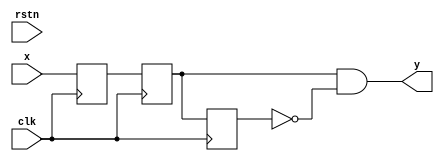
module ps #(
    parameter WIDTH = 1
) (
    input rstn,clk,
    input [WIDTH-1:0] x,
    output [WIDTH-1:0] y
);//
    reg [WIDTH-1:0] r1,r2,r3;
    always@(posedge clk)
    begin
        r1<=x;
        r2<=r1;
        r3<=r2;
    end
    assign y=r2 & ~r3;
endmodule

















/*module ps  (
    input clk, rstn, x, 
    output reg y
);
    reg last_signal;

    wire is_pos;
    assign is_pos=(!last_signal)&x;
    always @(posedge clk, negedge rstn) begin
        if (!rstn) 
        begin
            last_signal<=x;
            y<=0;
        end
        else 
        begin
            last_signal<=x;
            y<=is_pos;

        end
    end
endmodule*/